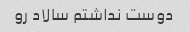
دوست نداشتم سالاد رو